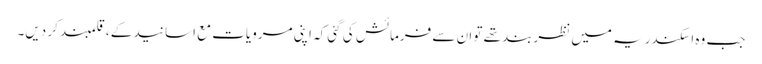
جب وہ اسکندریہ میں نظربند تھے تو ان سے فرمائش کی گئی کہ اپنی مرویات مع اسانید کے ، قلمبند کر دیں۔